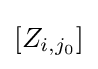
[Z_{i,j_{0}}]